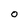
Character: O